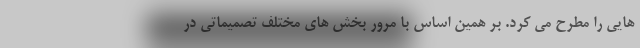
هایی را مطرح می کرد. بر همین اساس با مرور بخش های مختلف تصمیماتی در